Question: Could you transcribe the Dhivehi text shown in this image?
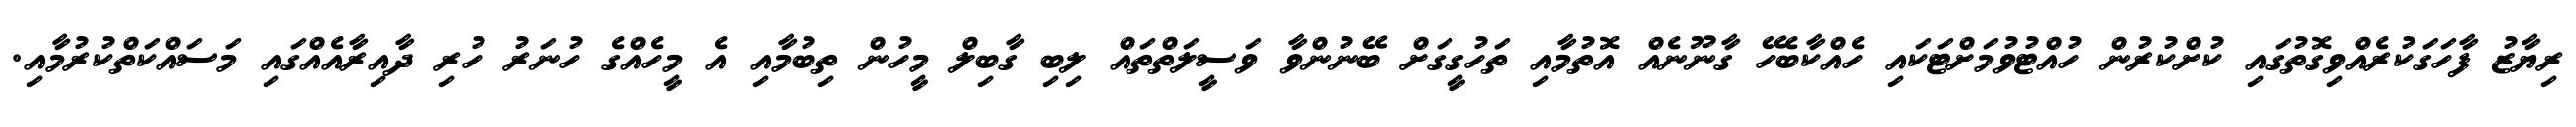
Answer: ރިޔާޒު ފާހަގަކުރެއްވިގޮތުގައި ކުށްކުރުން ހުއްޓުވުމަށްޓަކައި ހެއްކާބެހޭ ގާނޫނެއް އޮތުމާއި ތަހުގީގަށް ބޭނުންވާ ވަސީލަތްތައް ލިބި ގާބިލް މީހުން ތިބުމާއި އެ މީހެއްގެ ހުނަރު ހުރި ދާއިރާއެއްގައި މަސައްކަތްކުރުމާއި.